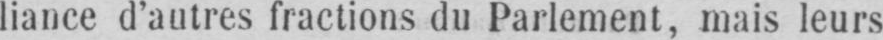
liance d’autres fractions du Parlement, mais leurs